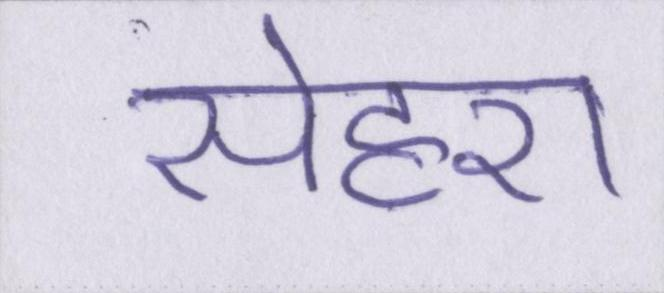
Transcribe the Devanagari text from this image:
सेहरा